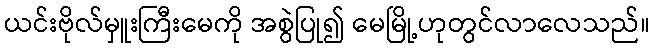
ယင်းဗိုလ်မှူးကြီးမေကို အစွဲပြု၍ မေမြို့ဟုတွင်လာလေသည်။